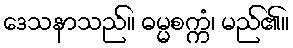
ဒေသနာသည်။ ဓမ္မစက္ကံ၊ မည်၏။